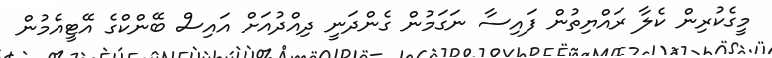
މީގެކުރިން ކެލާ ރައްޔިތުން ފައިސާ ނަގަމުން ގެންދަނީ ދިއްދުއަށް އައިސް ބޭންކްގެ އޭޓީއެމުން